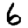
Digit: 6